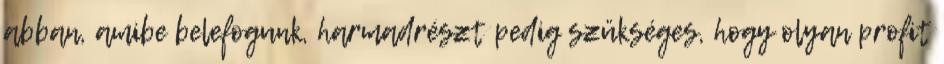
abban, amibe belefogunk, harmadrészt pedig szükséges, hogy olyan profit